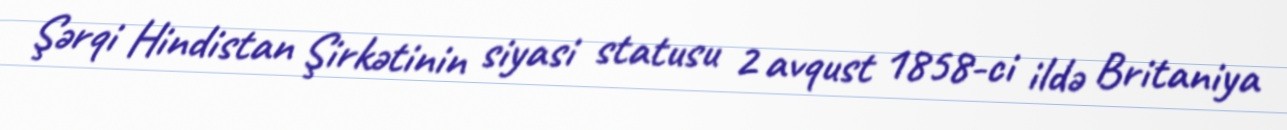
Şərqi Hindistan Şirkətinin siyasi statusu 2 avqust 1858-ci ildə Britaniya